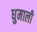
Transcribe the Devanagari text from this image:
धुमाली